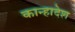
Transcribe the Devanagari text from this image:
कान्हादेश